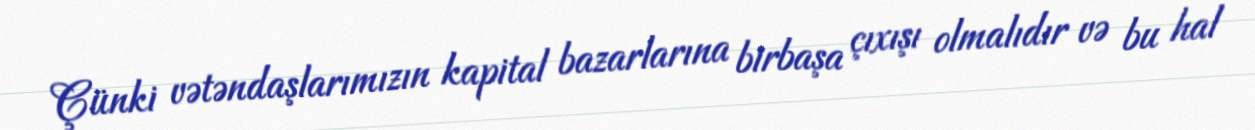
Çünki vətəndaşlarımızın kapital bazarlarına birbaşa çıxışı olmalıdır və bu hal